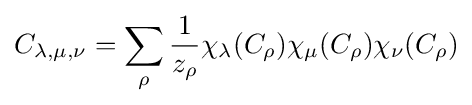
C_{\lambda ,\mu ,\nu }=\sum _{\rho }{\frac {1}{z_{\rho }}}\chi _{\lambda }(C_{\rho })\chi _{\mu }(C_{\rho })\chi _{\nu }(C_{\rho })